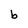
Character: b